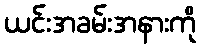
ယင်းအခမ်းအနားကို